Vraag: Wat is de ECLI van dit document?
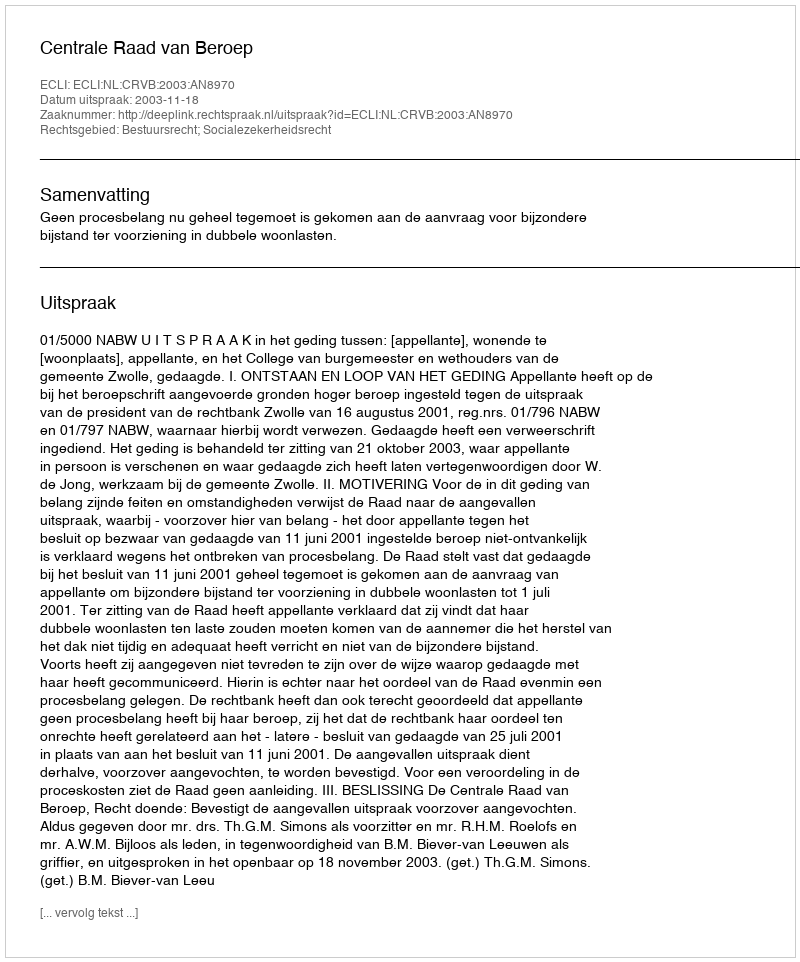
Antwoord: ECLI:NL:CRVB:2003:AN8970